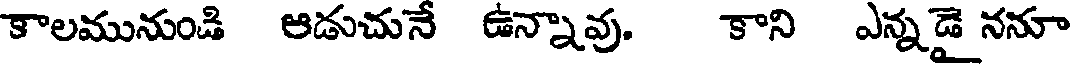
కాలమునుండి ఆడుచునే ఉన్నావు. కాని ఎన్నడై ననూ